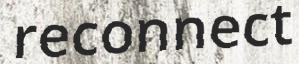
reconnect